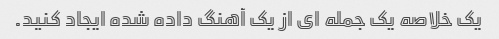
یک خلاصه یک جمله ای از یک آهنگ داده شده ایجاد کنید.